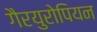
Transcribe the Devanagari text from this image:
गैरयुरोपियन